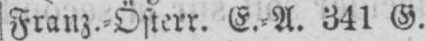
Franz.⸗Österr. E.⸗A. 341 G.